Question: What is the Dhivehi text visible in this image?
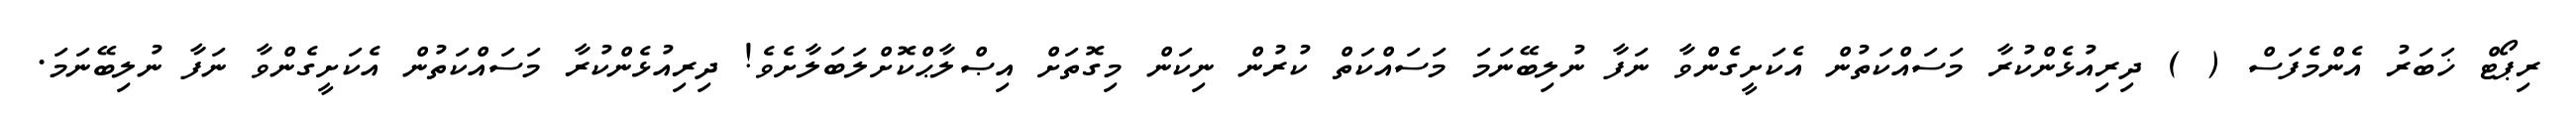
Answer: ރިޕޯޓް ޚަބަރު އެންމެފަސް ( ) ދިރިއުޅެންކުރާ މަސައްކަތުން އެކަށީގެންވާ ނަފާ ނުލިބޭނަމަ މަސައްކަތް ކުރުން ނިކަން މިގޮތަށް އިޞްލާޙްކޮށްލަބަލާށެވެ! ދިރިއުޅެންކުރާ މަސައްކަތުން އެކަށީގެންވާ ނަފާ ނުލިބޭނަމަ.